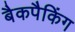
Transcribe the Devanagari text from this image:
बैकपैकिंग